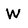
Character: W